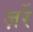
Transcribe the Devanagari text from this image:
ज़र्रे